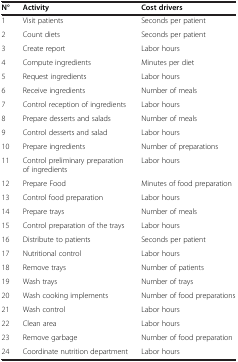
<table><thead><tr><td><b>N°</b></td><td><b>Activity</b></td><td><b>Cost drivers</b></td></tr></thead><tbody><tr><td>1</td><td>Visit patients</td><td>Seconds per patient</td></tr><tr><td>2</td><td>Count diets</td><td>Seconds per patient</td></tr><tr><td>3</td><td>Create report</td><td>Labor hours</td></tr><tr><td>4</td><td>Compute ingredients</td><td>Minutes per diet</td></tr><tr><td>5</td><td>Request ingredients</td><td>Labor hours</td></tr><tr><td>6</td><td>Receive ingredients</td><td>Number of meals</td></tr><tr><td>7</td><td>Control reception of ingredients</td><td>Labor hours</td></tr><tr><td>8</td><td>Prepare desserts and salads</td><td>Number of meals</td></tr><tr><td>9</td><td>Control desserts and salad</td><td>Labor hours</td></tr><tr><td>10</td><td>Prepare ingredients</td><td>Number of preparations</td></tr><tr><td>11</td><td>Control preliminary preparation of ingredients</td><td>Labor hours</td></tr><tr><td>12</td><td>Prepare Food</td><td>Minutes of food preparation</td></tr><tr><td>13</td><td>Control food preparation</td><td>Labor hours</td></tr><tr><td>14</td><td>Prepare trays</td><td>Number of meals</td></tr><tr><td>15</td><td>Control preparation of the trays</td><td>Labor hours</td></tr><tr><td>16</td><td>Distribute to patients</td><td>Seconds per patient</td></tr><tr><td>17</td><td>Nutritional control</td><td>Labor hours</td></tr><tr><td>18</td><td>Remove trays</td><td>Number of patients</td></tr><tr><td>19</td><td>Wash trays</td><td>Number of trays</td></tr><tr><td>20</td><td>Wash cooking implements</td><td>Number of food preparations</td></tr><tr><td>21</td><td>Wash control</td><td>Labor hours</td></tr><tr><td>22</td><td>Clean area</td><td>Labor hours</td></tr><tr><td>23</td><td>Remove garbage</td><td>Number of food preparation</td></tr><tr><td>24</td><td>Coordinate nutrition department</td><td>Labor hours</td></tr></tbody></table>